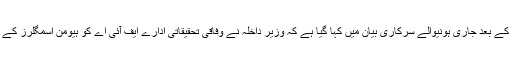
منگل کے روز وزارت داخلہ میں ہونیوالے ایک اعلیٰ سطحی اجلاس کے بعد جاری ہونیوالے سرکاری بیان میں کہا گیا ہے کہ وزیر داخلہ نے وفاقی تحقیقاتی ادارے ایف آئی اے کو ہیومن اسمگلرز کے خلاف اندرون اور بیرون ملک فوری کریک ڈاؤن کی ہدایت کی ہے۔